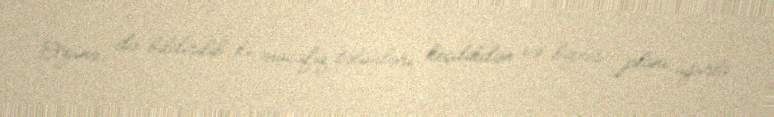
Özünə də bildirilib ki, müvafiq təlimləri keçdikdən və biznes planı uğurla